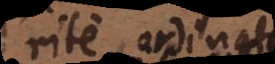
rite ordinat